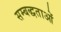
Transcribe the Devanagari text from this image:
सम्बद्धताओं